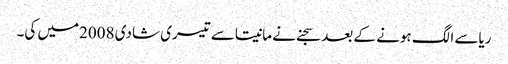
ریاسے الگ ہونے کے بعد سجنے نے مانیتاسے تیسری شادی 2008میں کی۔